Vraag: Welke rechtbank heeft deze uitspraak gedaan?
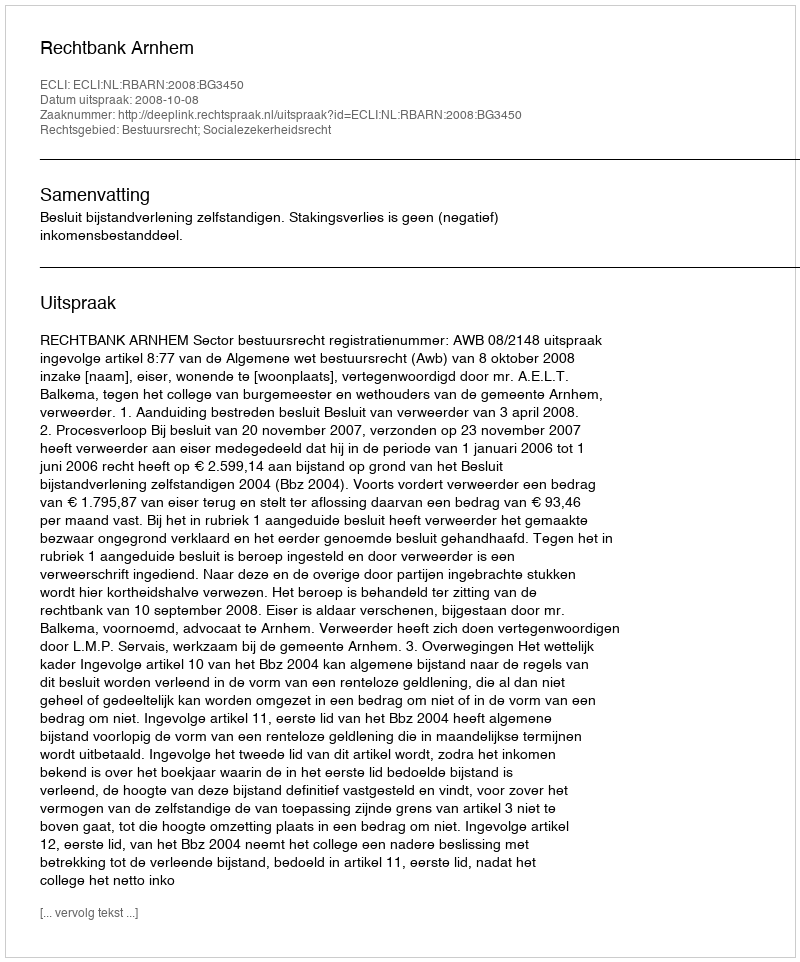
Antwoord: Rechtbank Arnhem